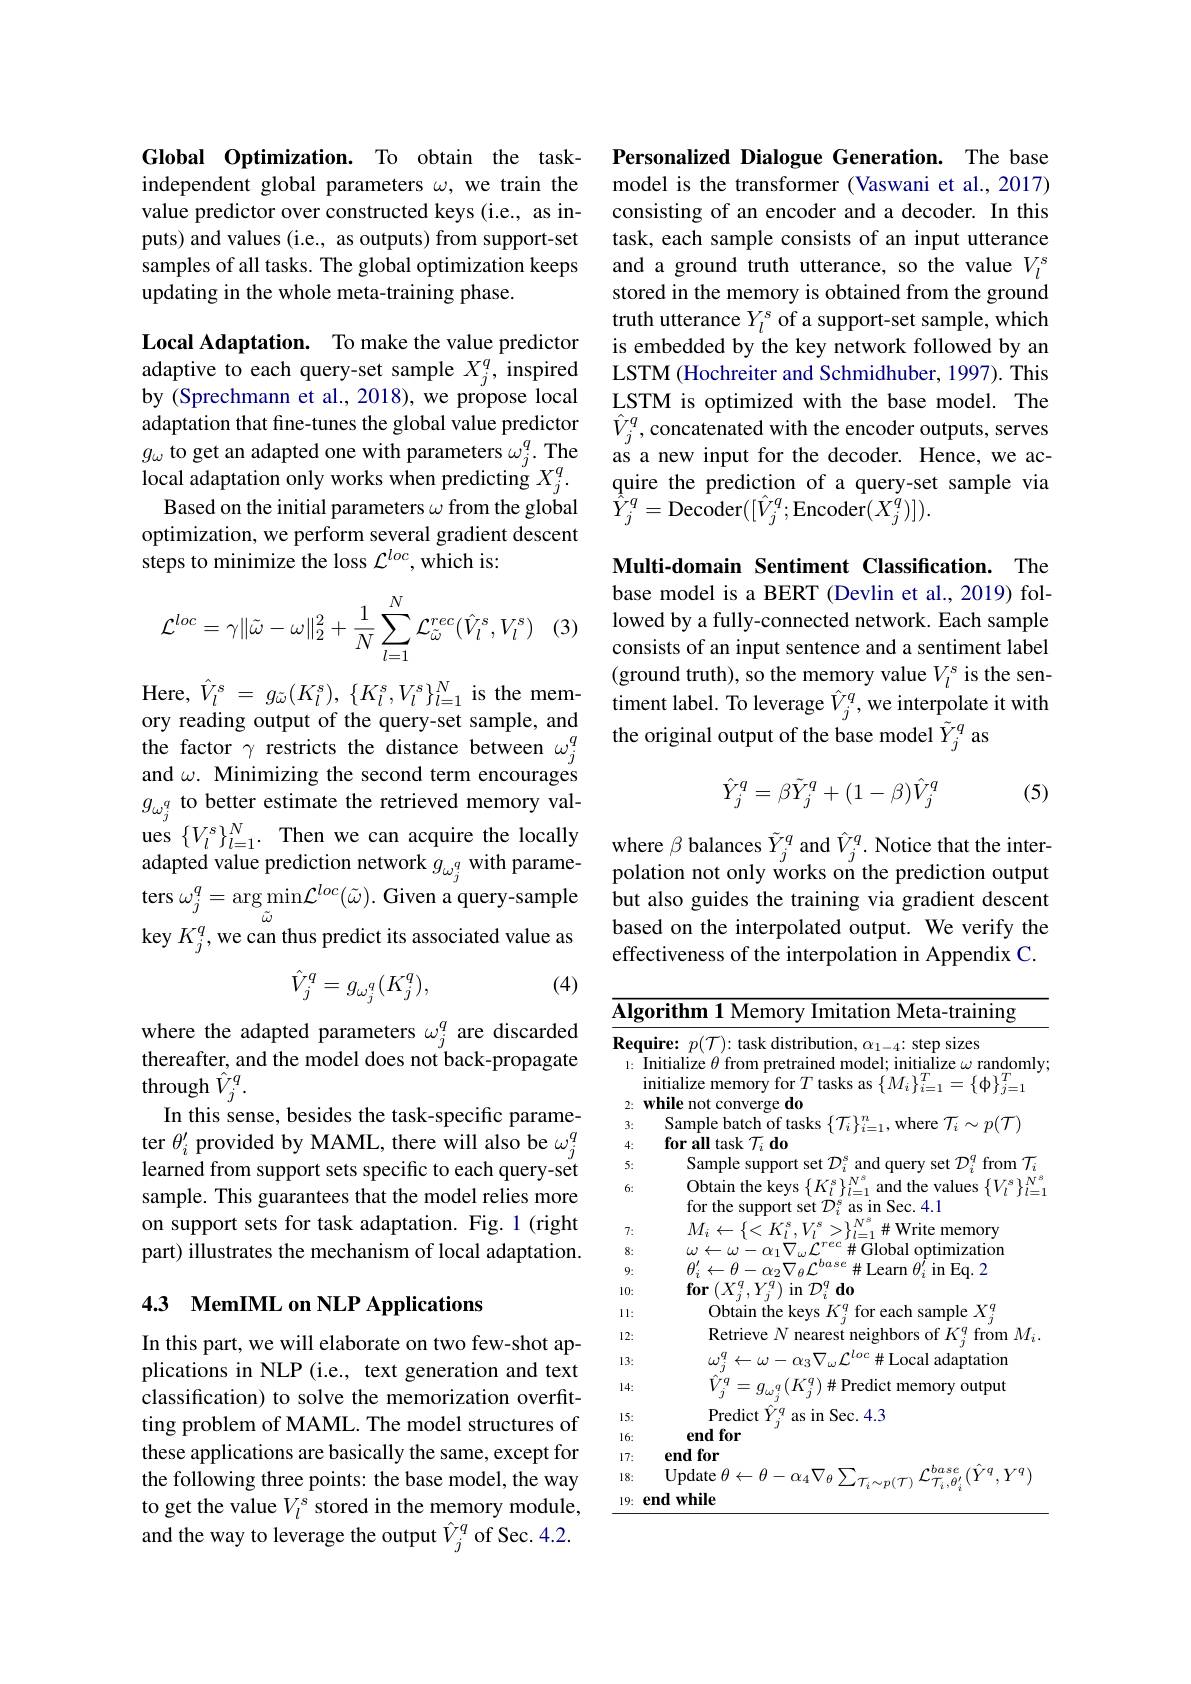
Global Optimization. To obtain the taskindependent global parameters $\omega$, we train the value predictor over constructed keys (i.e., as inputs) and values (i.e., as outputs) from support-set samples of all tasks. The global optimization keeps updating in the whole meta-training phase.

Local Adaptation. To make the value predictor adaptation that fine-tunes the global value predictor $g_{\omega}$ to get an adapted one with parameters $\omega_j^q.$ The local adaptation only works when predicting $X_j^q.$
Based on the initial parameters $\omega$ from the global optimization, we perform several gradient descent steps to minimize the loss $\mathcal{L}^loc$,which is:

(3)
$$\mathcal{L}^{loc}=\gamma\|\tilde{\omega}-\omega\|_2^2+\frac{1}{N}\sum_{l=1}^N\mathcal{L}_{\tilde{\omega}}^{rec}(\hat{V}_l^s,V_l^s)$$
Here,$\hat{V}_l^{s}=g_{\tilde{\omega}}(K_{l}^{s}),\{K_{l}^{s},V_{l}^{s}\}_{l=1}^{N}$is the memory reading output of the query-set sample, and the factor $\gamma$ restricts the distance between $\omega_j^q$ and $\omega.$ Minimizing the second term encourages $g_{\omega_j^q}$ to better estimate the retrieved memory values $\{V_{l}^{s}\}_{l=1}^{N}.$ Then we can acquire the locally ues $\{ V_l^s\} _{l= 1}^N.$ Then we can acquire the locally adapted value prediction network $g_{\omega _j^q}$ with parame- where $\beta$ balances $\tilde{Y} _j^q$ and $\hat{V} _j^q.$ Notice that the inter- polation not only works on the prediction output
$\operatorname{ters}\omega_{j}^{q}=\operatorname{arg}\operatorname*{min}\mathcal{L}^{loc}(\tilde{\omega}).$ Given a query-sample key $K_j^q$, we can thus predict its associated value as

(4)
$$\hat{V}_j^q=g_{\omega_j^q}(K_j^q),$$
where the adapted parameters $\omega_j^q$ are discarded thereafter, and the model does not back-propagate through $\hat{V}_j^q.$
In this sense, besides the task-specific parameter $\theta_i^{\prime}$ provided by MAML, there will also be $\omega_j^q$ learned from support sets specific to each query-set sample. This guarantees that the model relies more on support sets for task adaptation. Fig.1 (right part) illustrates the mechanism of local adaptation.

## 4.3 MemIML on NLP Applications

In this part, we will elaborate on two few-shot applications in NLP (i.e., text generation and text classification) to solve the memorization overfitting problem of MAML. The model structures of these applications are basically the same, except for the following three points: the base model, the way to get the value $V_l^s$ stored in the memory module, and the way to leverage the output $\hat{V}_j^q$ of Sec. 4.2.

Personalized Dialogue Generation. The base model is the transformer (Vaswani et al.,2017) consisting of an encoder and a decoder. In this task, each sample consists of an input utterance and a ground truth utterance, so the value $V_l^s$ stored in the memory is obtained from the ground truth utterance $Y_l^s$ of a support-set sample, which is embedded by the key network followed by an
adaptive to each query- set sample $X_j^q$, inspiredLSTM( Hochreiter and Schmidhuber, 1997) . This by( Sprechmann et al, 2018) , we propose localLSTM is optimized with the base model. The
$\hat{V}_{j}^{q}$,concatenated with the encoder outputs, serves as a new input for the decoder. Hence, we acquire the prediction of a query-set sample via $\hat{\hat{Y}}_{j}^{q}=$Decoder$([\hat{V}_{j}^{q};$Encoder$(X_j^{q})]).$

Multi-domain Sentiment Classification. The base model is a BERT (Devlin et al., 2019) followed by a fully-connected network. Each sample consists of an input sentence and a sentiment label (ground truth), so the memory value $V_l^s$ is the sentiment label. To leverage $\hat{V}_j^q$, we interpolate it with the original output of the base model $\tilde{Y}_j^q$ as
$$\hat{Y}_j^q=\beta\tilde{Y}_j^q+(1-\beta)\hat{V}_j^q$$
(5)

but also guides the training via gradient descent based on the interpolated output. We verify the effectiveness of the interpolation in Appendix C.

<table>
	<tbody>
		<tr>
			<td>$\overline{\mathbf{Al\xi}}$</td>
			<td> orithm 1 Memory Imitation Meta-training</td>
		</tr>
		<tr>
			<td>Rec</td>
			<td>sizes</td>
		</tr>
		<tr>
			<td>$l:$</td>
			<td>Initialize $\theta$ from pretrained model; initialize $\omega$ randomly $\begin{array}{c}{\mathrm{IIIIUIIIZE~}\upsilon\text{ IIOII pleuanieu IIOUe},\text{ IIIIIIAIIZE }\omega\text{ IalIUOII}}\\{\mathrm{initialize~memory~for~}T\text{ tasks as }\{M_{i}\}_{i=1}^{T}=\{\phi\}_{j=1}^{T}}\end{array}$</td>
		</tr>
		<tr>
			<td>2:</td>
			<td>while not conve erge do</td>
		</tr>
		<tr>
			<td>3:</td>
			<td>Sample batch ot tasks vhere</td>
		</tr>
		<tr>
			<td>4:</td>
			<td>$\textbf{for all task}{\mathcal{T} }_{i}\textbf{do}$</td>
		</tr>
		<tr>
			<td>5:</td>
			<td>samp support duer 1: mon</td>
		</tr>
		<tr>
			<td>6:</td>
			<td>ullE $\therefore N$ for the support set $\mathcal{D}_i^{s}$ as in Sec.4.1</td>
		</tr>
		<tr>
			<td>7:</td>
			<td>remory</td>
		</tr>
		<tr>
			<td>8.</td>
			<td>0001m Anon</td>
		</tr>
		<tr>
			<td>10:</td>
			<td>for$/X^{4}$ $\mathbf{1}$ ${\mathcal{D} }_{i}^{q}$ $\mathbf{d} \mathbf{0}$ $V$ 11n</td>
		</tr>
		<tr>
			<td>1: 1 1</td>
			<td>0btain samnle $X^{9}$</td>
		</tr>
		<tr>
			<td>12:</td>
			<td>Retrieve mear trom $1VI$</td>
		</tr>
		<tr>
			<td>13:</td>
			<td>$7Y$ 出 $0Ca$ adaptation</td>
		</tr>
		<tr>
			<td>14:</td>
			<td>$=g_{\omega^{q}}(K_{i}^{q})\#$Predict memory output</td>
		</tr>
		<tr>
			<td>15:</td>
			<td>Sec. 4. 3 $D_{\mathrm{redicf}}$ $1n$</td>
		</tr>
		<tr>
			<td>16:</td>
			<td>end for $J$</td>
		</tr>
		<tr>
			<td>17:</td>
			<td>end for</td>
		</tr>
		<tr>
			<td>18:</td>
			<td>0ndate$\theta$ $\cdot H$ 14 $TYA$ 1</td>
		</tr>
		<tr>
			<td>19:</td>
			<td>endwhile</td>
		</tr>
	</tbody>
</table>